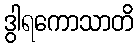
ဒွါရကောသာတိ